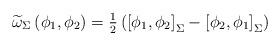
LaTeX: \begin{align*}\begin{array}{c}\widetilde{\omega}_{\Sigma}\left(\phi_1,\phi_2\right)=\frac{1}{2}\left(\left[\phi_1,\phi_2\right]_{\Sigma}-\left[\phi_2,\phi_1\right]_{\Sigma}\right)\end{array}\end{align*}